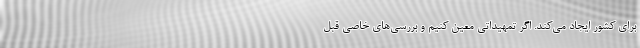
برای کشور ایجاد می‌کند. اگر تمهیداتی معین کنیم و بررسی‌های خاصی قبل